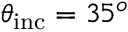
\theta _ { \mathrm { i n c } } = 3 5 ^ { o }